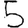
Digit: 5